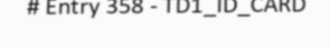
# Entry 358 - TD1_ID_CARD